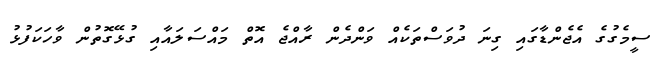
ސީމެގުގެ އެޖެންޑާގައި ގިނަ ދުވަސްތަކެއް ވަންދެން ރާއްޖެ އޮތް މައްސަލައާއި ގުޅޭގޮތުން ވާހަކަފުޅު